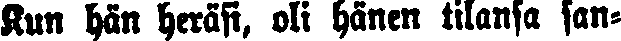
Kun hän heräsi, oli hänen tilansa san-